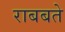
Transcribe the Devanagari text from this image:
राबबते